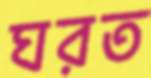
ঘরত